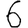
Digit: 6